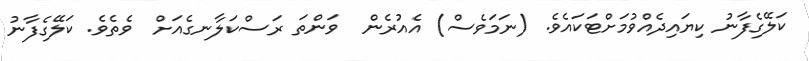
ކަލޭގެފާނު ކިޔައިދެއްވުމަށްޓަކައެވެ. (ނަމަވެސް) އެއުރެން  ވަންތަ ރަސްކަލާނގެއަށް  ވެތެވެ. ކަލޭގެފާނު